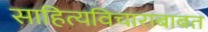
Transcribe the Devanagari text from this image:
साहित्यविचाराबाबत